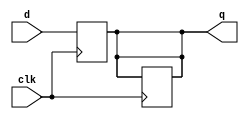

module d_ff (q,clk,d);
input clk,d;
output reg q;
always @(posedge clk)
begin
q <= d;
end


always @(negedge clk)
begin
q <= q;
end

endmodule

module pipo (out,clk,data);
input [3:0] data;
input clk;
output reg [0:3] out;
wire [0:3] q;


d_ff d1 (q[0],clk,data[0]);
d_ff d2 (q[1],clk,data[1]);
d_ff d3 (q[2],clk,data[2]);
d_ff d4 (q[3],clk,data[3]);

always @( * )
begin
    out[0]=q[0];
    out[1]=q[1];
    out[2]=q[2];
    out[3]=q[3];
end
endmodule